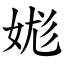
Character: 娏